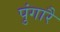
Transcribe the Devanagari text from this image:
पुंगारै